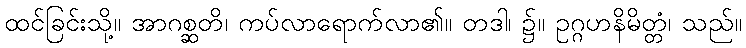
ထင်ခြင်းသို့။ အာဂစ္ဆတိ၊ ကပ်လာရောက်လာ၏။ တဒါ၊ ၌။ ဥဂ္ဂဟနိမိတ္တံ၊ သည်။